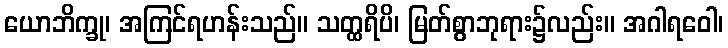
ယောဘိက္ခု၊ အကြင်ရဟန်းသည်။ သတ္ထရိပိ၊ မြတ်စွာဘုရား၌လည်း။ အဂါရဝေါ၊